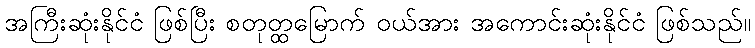
အကြီးဆုံးနိုင်ငံ ဖြစ်ပြီး စတုတ္ထမြောက် ဝယ်အား အကောင်းဆုံးနိုင်ငံ ဖြစ်သည်။